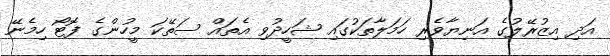
އަދި އިޒުރޭލުގެ އަނިޔާވެރި ހަމަލާތަކުގައި ޝަހީދުވި އެތައް ސަތޭކަ މީހުންގެ ފޮޓޯ ހިމެނޭ